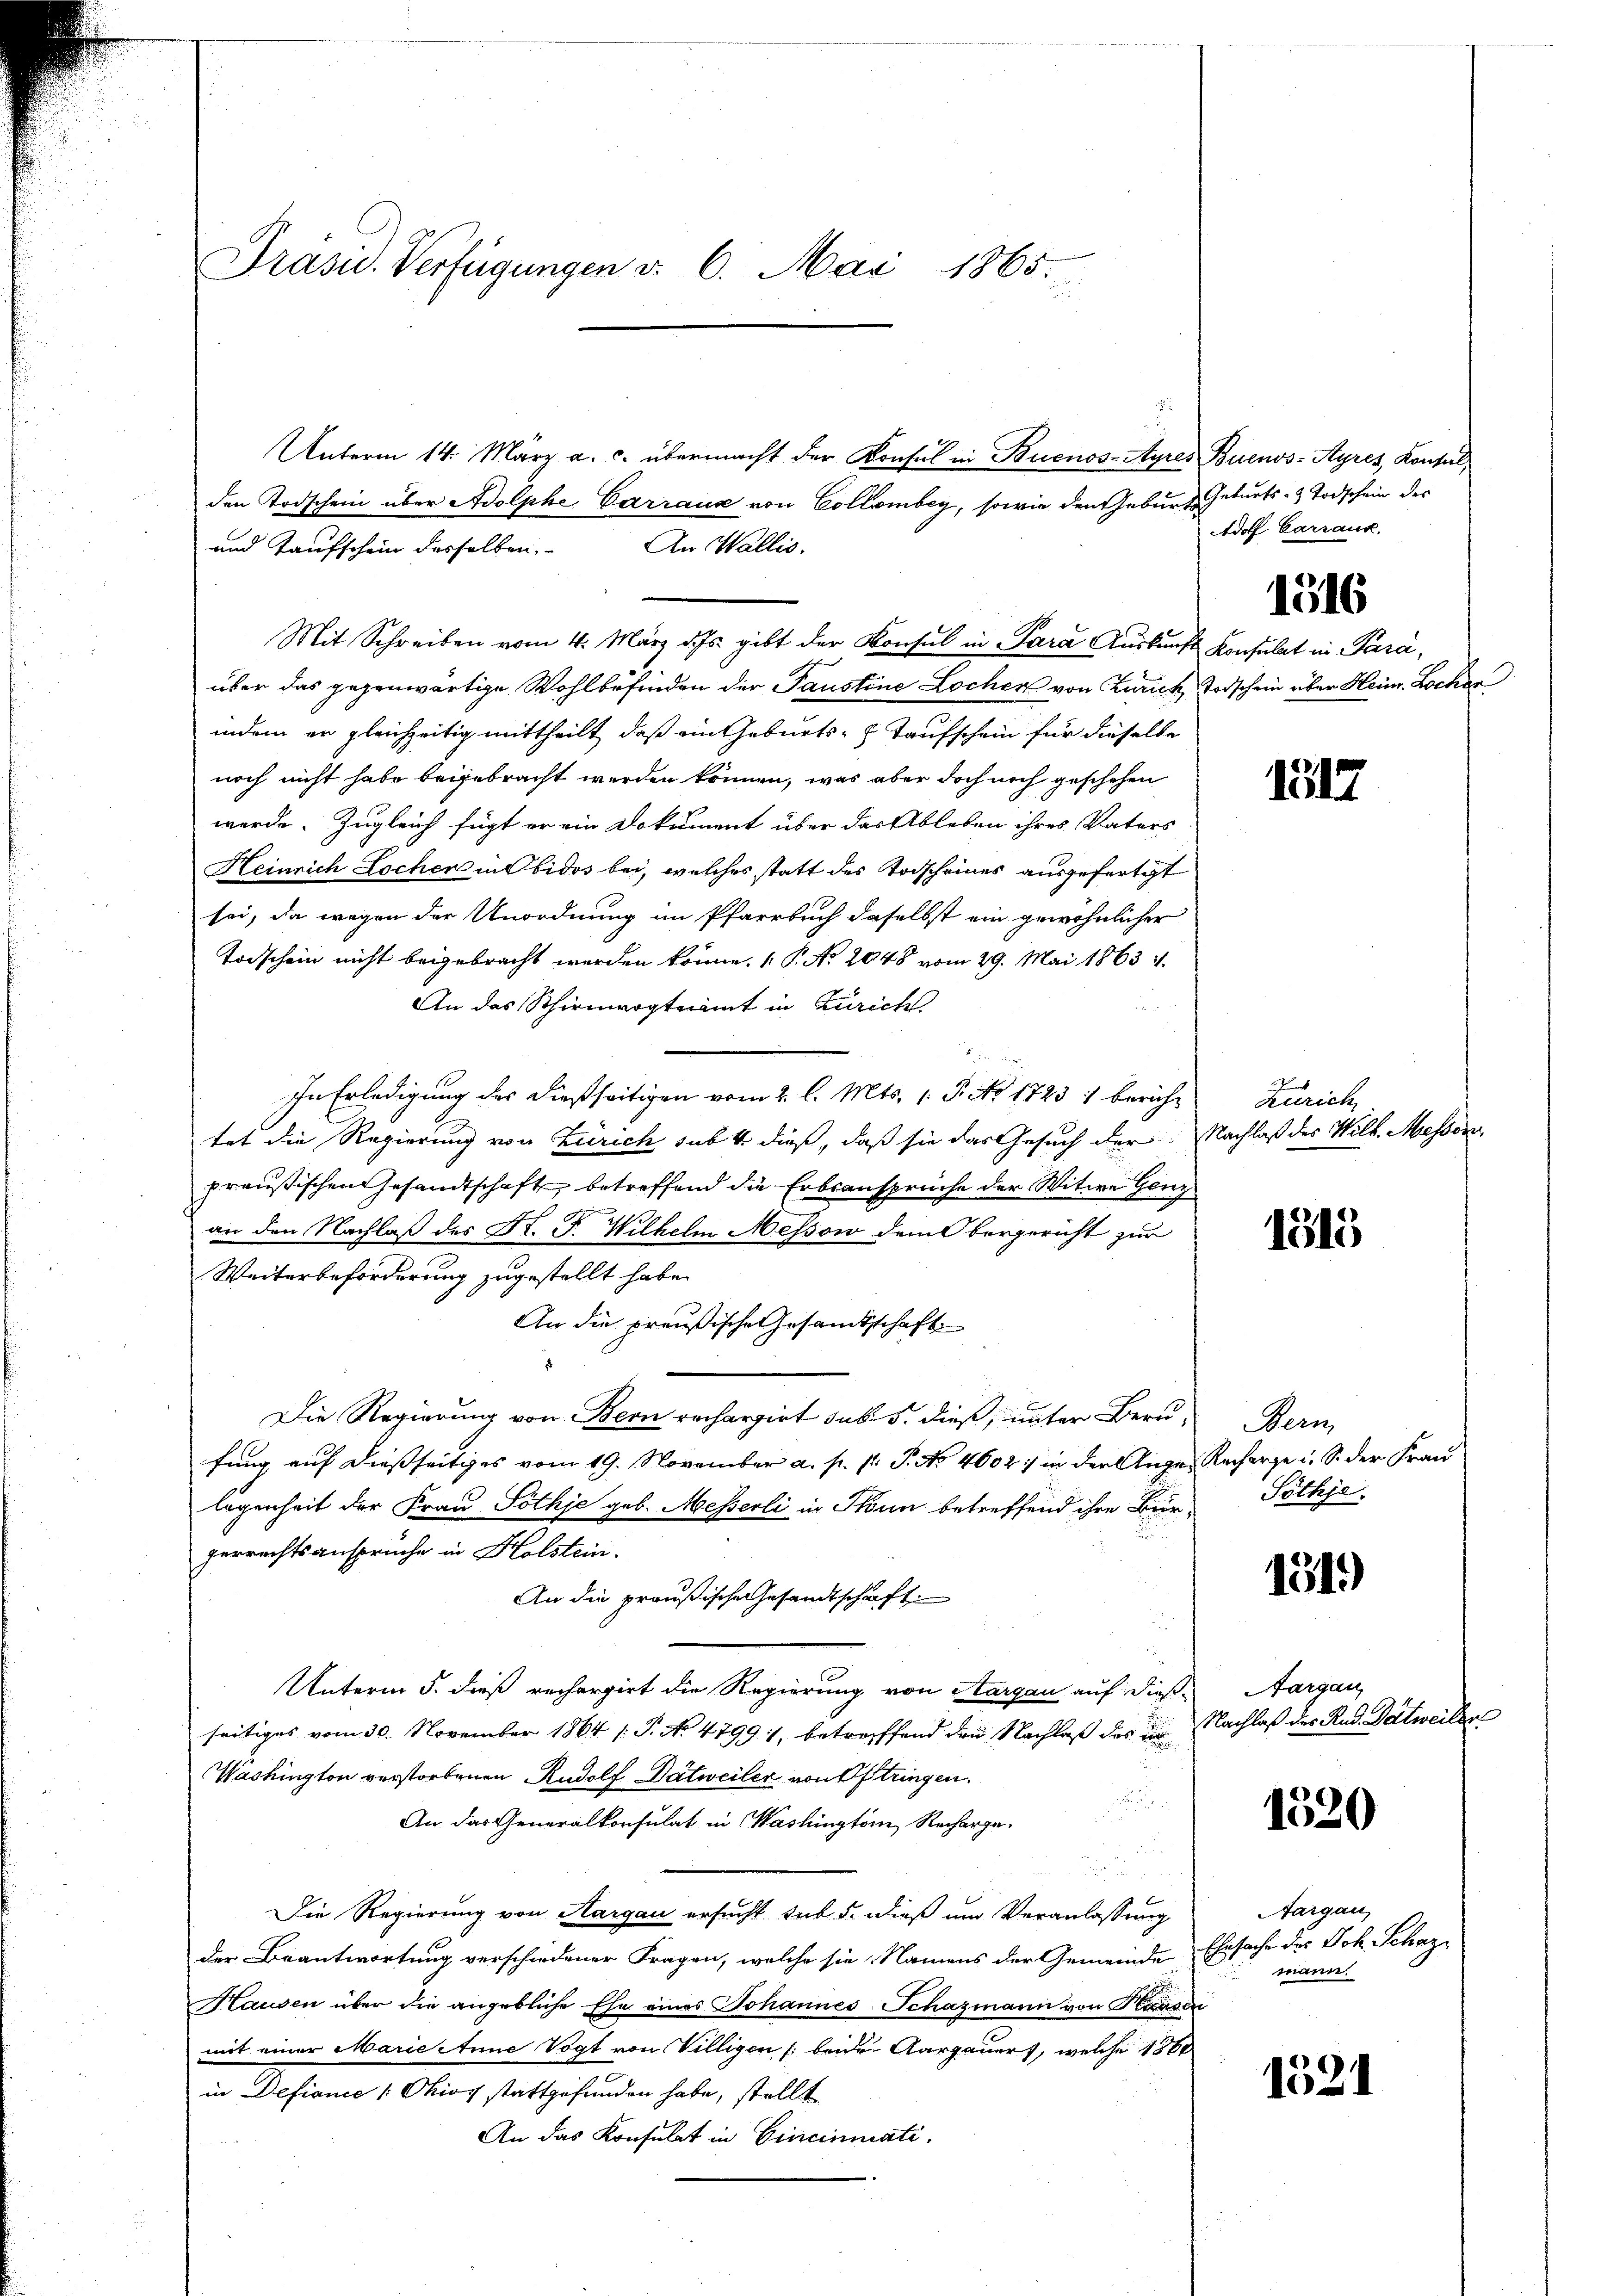
Präsid. Verfügungen v. 6. Mai 1865.

2
Unterm 14. März a. c. übermacht der Konsul in Buenos-Ayres Buenos-Ayres, Konsul,
den Todschein über Adolphe Carraus von Collombey, sowie den Geburt Geburts- & Todschein des
und Taufschein desselben. An Wallis.
Mit Schreiben vom 4. März d. Js. gibt der Konsul in Para Auskunft Konsulat in Para,
über das gegenwärtige Wohlbefinden der Paustine Locher von Zürich Todschein über Heim. Lochen
indem er gleichzeitig mittheilt, daß ein Geburts- & Taufschein für dieselbe
noch nicht habe beigebracht werden können, was aber doch noch geschehen
werde. Zugleich fügt er ein Dokument über der Ableben ihres Vaters
Heinrich Locher in Obidos bei, welches statt des Todscheines ausgefertgt
sei, da wegen der Unordnung im Pfarrbuch daselbst ein gewöhnlicher
Todschein nicht beigebracht werden könne. ( P. Nr. 2048 vom 29. Mai 1863
An das Schirmvogteiamt in Zürich
t
In Erledigung des dießseitigen vom 2. l. Mts. 1. P. Nr. 1723 : Bericht
tat die Regierung von Zürich sub 4 dieß, daß sie das Gesuch der Nachlaß des Wilh. Messori
preußischen Gesandtschaft betreffend die Erbsansprüche der Witwe Genz
an den Nachlaß des St. F. Wilhelm Messon dem Obergericht zur
Weiterbeförderung zugestellt habe.
An die preußische Gesandtschaft
Die Regierung von Bern rechargirt sub 5. dieß, unter Berufung auf dießseitiges vom 19. November a. p. pr. P. No 4002: in der Ange- Recharge u. S. der Frau
legenheit der Frau Pöthje geb. Messerli in Thun betreffend ihre Bür-
gerrechtsansprüche in Holstein.
An die preußische Gesandtschaft
Unterm 5. dieß rechargirt die Regierung von Aargau auf dießseitiges vom 30. November 1864 (T. No. 47991, betreffend den Nachlaβ des in Nachlaß des Rud. Detweilen
Washington verstorbenen Rudolf Datweiler von Oftringen.

5
An das Generalkonsulat in Washington Recharge.
d
Die Regierung von Aargau ersucht sub. 5. dieß um Veranlassung
der Beantwortung verschiedener Fragen, welche sie Namens der Gemeinde Ehesache des Joh. Schaz
Hausen über die angebliche Ehe eines Johannes Schazmann von Hausen
mit einer Marie eine Vogt von Villigen beide Aargauert, welche 1860
in Defionie (: Ohios stattgefunden habe, stellt
An das Konsulat in Cincinati

Adolf Carrank.

1516

1317

Zürich

1315

Bern
Söthje.

1319)

Aargau

1520

Aargau,
mann.

1521